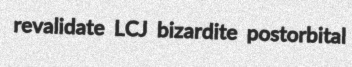
revalidate LCJ bizardite postorbital